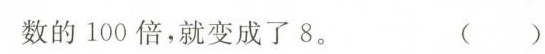
数的100倍，就变成了8。 ( )